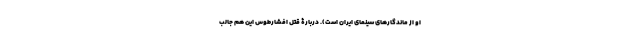
او از ماندگارهای سینمای ایران است). دربارۀ قتل افشارطوس این هم جالب